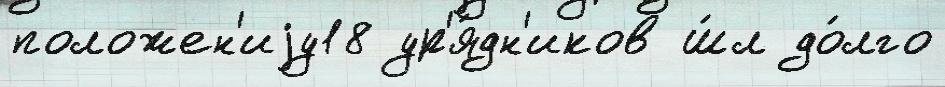
положен'иjу18 ур'я́дн'иков ш́л до́лго